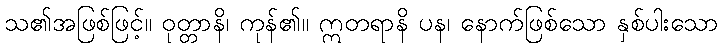
သ၏အဖြစ်ဖြင့်။ ဝုတ္တာနိ၊ ကုန်၏။ ဣတရာနိ ပန၊ နောက်ဖြစ်သော နှစ်ပါးသော